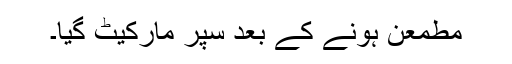
مطمعن ہونے کے بعد سپر مارکیٹ گیا۔